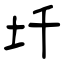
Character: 圲